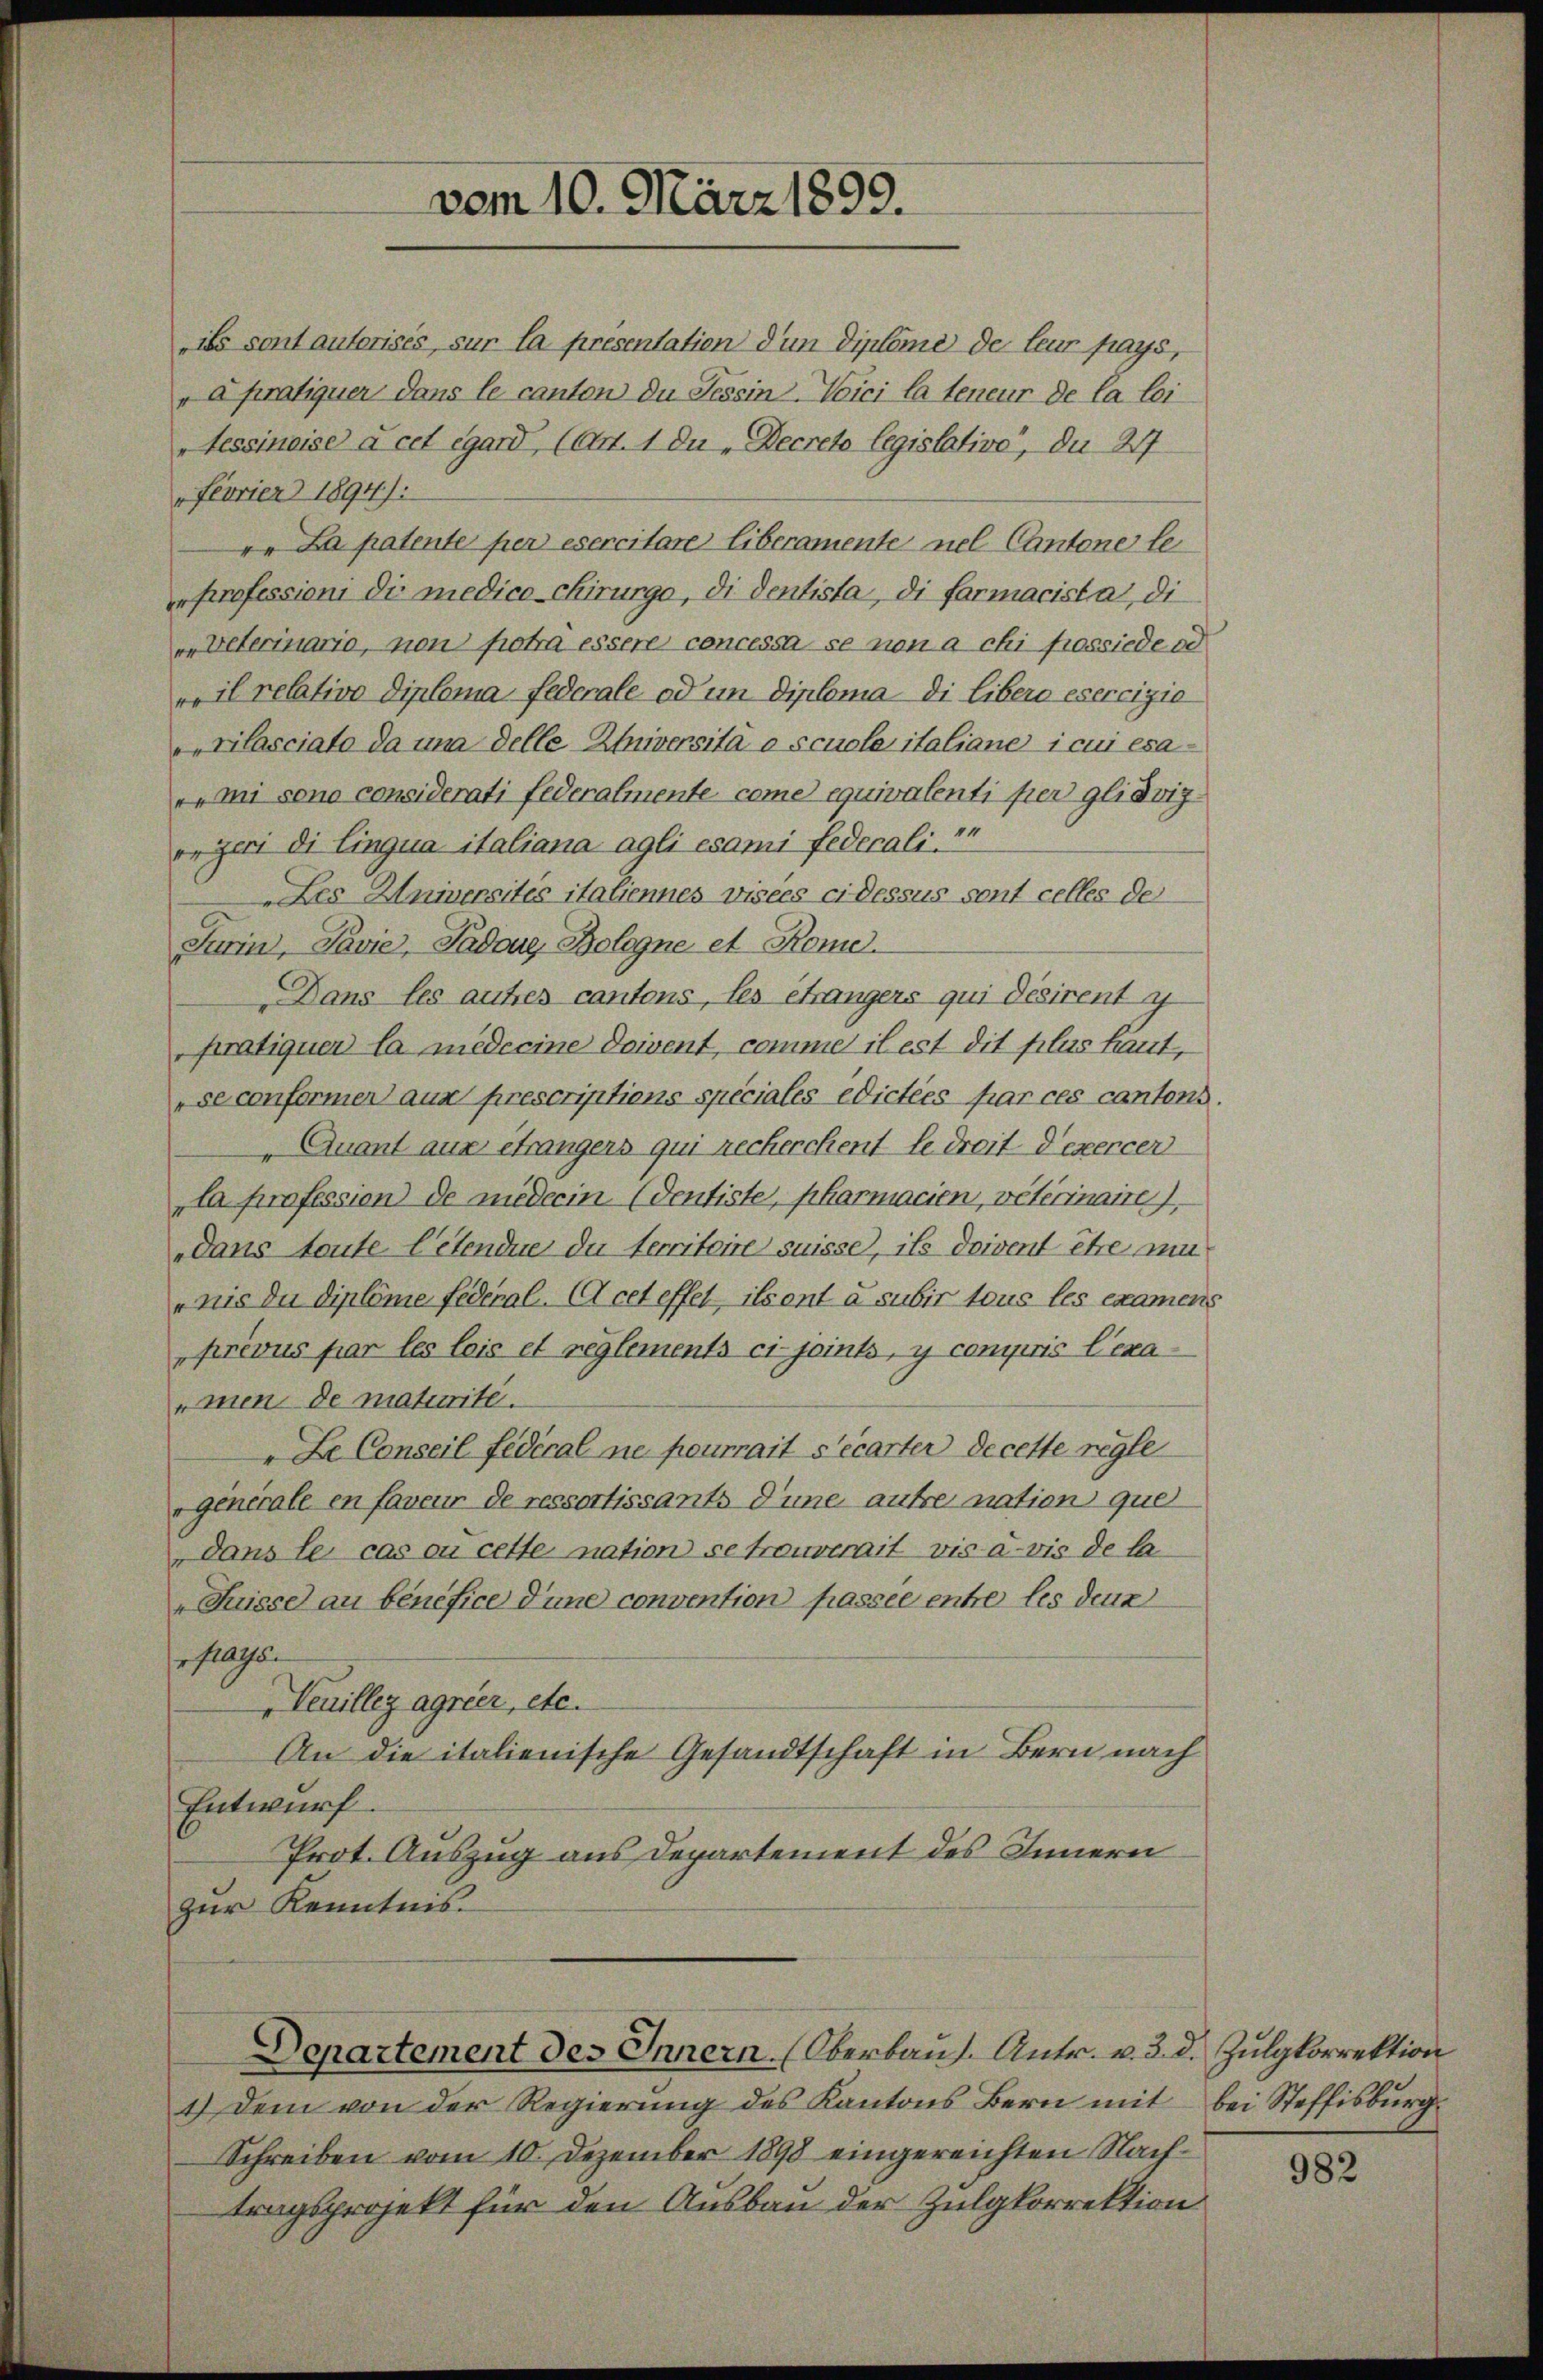
vom 10. März 1890.

ils sont autorisés, sur la présentation d’un diplome de leur pays,
a pratiquer dans le canton du Tessin-Voici la teneur de la loi
Tessineise à cet égard (Art. 1 Du Decreto legislative, du 27.
Feorier 1894):
". La patente per esercitare liberamente nel Cantone le
Professioni die medico chirurgo, di dentista, di farmacista, di
„Veterinario, non potra essere concessa se non a chi possiede od
„il relative Diploma federale od in Diploma di Libero esercizio
rilasciato da una delle-Università o sciole italiane i cui esa¬
„mi sono considerati federalmente come equivalenti per glidrigrgeri di Eingua italiana agli esami federali in
Les Universités italiennes visées ci-dessus sont celles der
Turini, Pavie, Padore Bologne et Rome
Dans les autres cantons, les étrangers qui désirent i
pratiquer la medeeine doivent, comme il est dit plus hantse conformen aux prescriptions speciales edictées par ces cantons.
Quant aux etrangers qui recherchent le droit d’exercer
la profession de medecin (dentiste, pharmacien, veterinaire.
dans toute Petendue du territoire suisse, ist doivent Ehe nun
nie die diplome federal. A cet effet, ils ont à subir tous les examens
prévus par les leis et reglements ci-jeints, y compris Lexa
men de matinité.
"Le Conseil fédéral ne pourrait s’écarter decette regle
"generale en faveur de ressortissants Sine autre nation que
Dans le cas ou cette nation se trouverait vis à-vis de la
Suisse au bénéfice d’une convention passée entre les denn
eslls
Veuillez agrier, etc.
An die italienische Gesandtschaft in Bern nach
Entwurf.
Prot. Auszug aus Departement des Innern
zur Kenntnis.

Departement des Innern. (Oberbaus. Antr. v. 3. d. Zulgkorrektion

1.) Dem von der Regierung des Kantons Bern mit bei Steffisburg.
Schreiben vom 10. Dezember 1898 eingereichten Nachtragsprojekt für den Ausbau der Zulgkorrektion

982